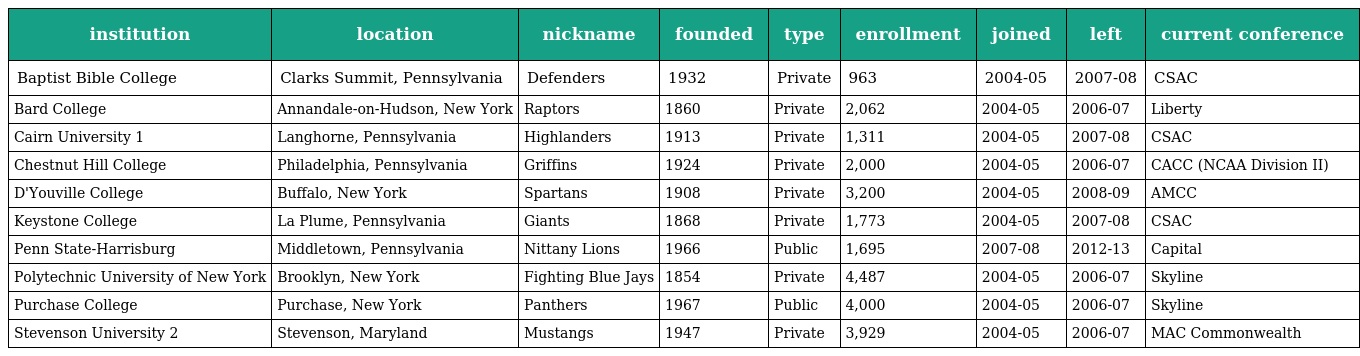
| institution | location | nickname | founded | type | enrollment | joined | left | current conference |
 | --- | --- | --- | --- | --- | --- | --- | --- | --- |
 | Baptist Bible College | Clarks Summit, Pennsylvania | Defenders | 1932 | Private | 963 | 2004-05 | 2007-08 | CSAC |
 | Bard College | Annandale-on-Hudson, New York | Raptors | 1860 | Private | 2,062 | 2004-05 | 2006-07 | Liberty |
 | Cairn University 1 | Langhorne, Pennsylvania | Highlanders | 1913 | Private | 1,311 | 2004-05 | 2007-08 | CSAC |
 | Chestnut Hill College | Philadelphia, Pennsylvania | Griffins | 1924 | Private | 2,000 | 2004-05 | 2006-07 | CACC (NCAA Division II) |
 | D'Youville College | Buffalo, New York | Spartans | 1908 | Private | 3,200 | 2004-05 | 2008-09 | AMCC |
 | Keystone College | La Plume, Pennsylvania | Giants | 1868 | Private | 1,773 | 2004-05 | 2007-08 | CSAC |
 | Penn State-Harrisburg | Middletown, Pennsylvania | Nittany Lions | 1966 | Public | 1,695 | 2007-08 | 2012-13 | Capital |
 | Polytechnic University of New York | Brooklyn, New York | Fighting Blue Jays | 1854 | Private | 4,487 | 2004-05 | 2006-07 | Skyline |
 | Purchase College | Purchase, New York | Panthers | 1967 | Public | 4,000 | 2004-05 | 2006-07 | Skyline |
 | Stevenson University 2 | Stevenson, Maryland | Mustangs | 1947 | Private | 3,929 | 2004-05 | 2006-07 | MAC Commonwealth |